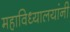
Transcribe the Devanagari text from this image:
महाविध्यालयांनी